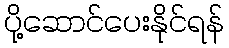
ပို့ဆောင်ပေးနိုင်ရန်